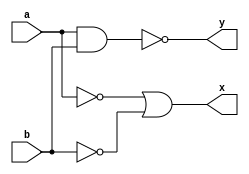
module de_morgan_one(a,b,x,y);
	input a,b;
	output y;
	output x;
	assign y=~(a&b);
	assign x=~(a)|~(b);
endmodule